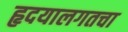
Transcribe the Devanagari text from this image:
हृदयालगतचा